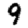
Digit: 9